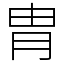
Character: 胄